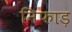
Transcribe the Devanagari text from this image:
निफाड़